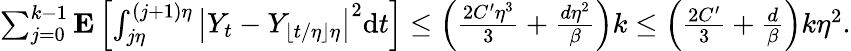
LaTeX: \begin{array}{r}{\sum_{j=0}^{k-1}\mathbf{E}\left[\int_{j\eta}^{(j+1)\eta}\left|Y_{t}-Y_{\lfloor t/\eta\rfloor\eta}\right|^{2}\mathrm{d}t\right]\le\left(\frac{2C^{\prime}\eta^{3}}{3}+\frac{d\eta^{2}}{\beta}\right)k\le\left(\frac{2C^{\prime}}{3}+\frac{d}{\beta}\right)k\eta^{2}.}\end{array}